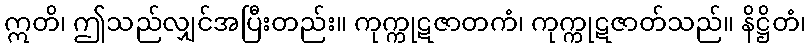
ဣတိ၊ ဤသည်လျှင်အပြီးတည်း။ ကုက္ကုဋဇာတကံ၊ ကုက္ကုဋဇာတ်သည်။ နိဋ္ဌိတံ၊